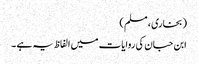
( بخاری ، مسلم )
ابن حبان کی روایات میں الفاظ یہ ہے ۔